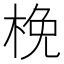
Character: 梚